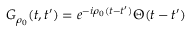
G _ { \rho _ { 0 } } ( t , t ^ { \prime } ) = e ^ { - i { \rho _ { 0 } } ( t - t ^ { \prime } ) } \Theta ( t - t ^ { \prime } )